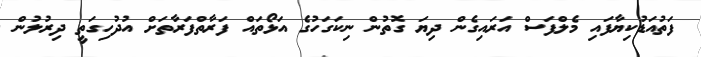
ފަތުއަޑުކިޔާފައި މެލްފަސް އަރައިގެން ދިޔަ ގޮތުން ނިކަގަހުގެ އަޅޯތައް ފަރާތްފަރާތަށް އުދުހިގަތީ ދިރުލުން